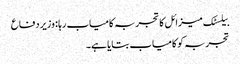
بیلسٹک میزائل کا تجربہ کامیاب رہا : وزیر دفاع
تجربہ کو کامیاب بتایا ہے۔